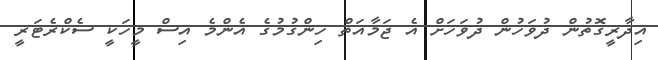
އިދާރީގޮތުން ދުވަހުން ދުވަހަށް އެ ޖަމާއަތް ހިންގުމުގެ އެންމެ އިސް މީހަކީ ސެކްރެޓަރީ